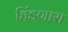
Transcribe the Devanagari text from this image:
हिंडणारा